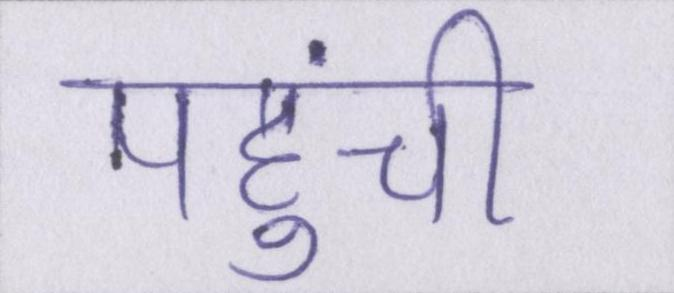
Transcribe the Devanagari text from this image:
पहुंची